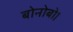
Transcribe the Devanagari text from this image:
बोनोबो।